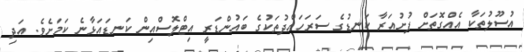
އުސޫލުތަކާ އެއްގޮތަށް ފުށުއަރާ ކަނޑުގެ ސަރަހައްދުތަކުގެ ބައުންޑަރީ އިޓްލޮސްއިން ކަނޑައަޅާނެ ކަމަށެވެ. އަދި